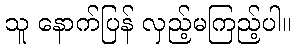
သူ နောက်ပြန် လှည့်မကြည့်ပါ။